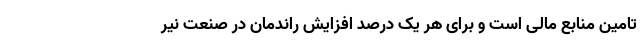
تامین منابع مالی است و برای هر یک درصد افزایش راندمان در صنعت نیر